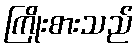
ကြိုးစားသည်